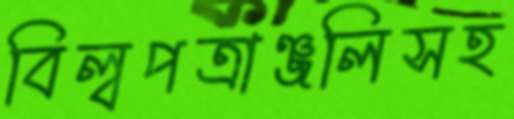
বিল্বপত্রাঞ্জলিসহ